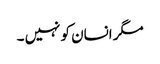
مگر انسان کو نہیں ۔